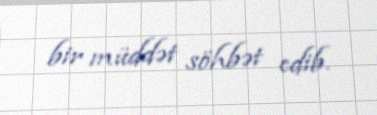
bir müddət söhbət edib.